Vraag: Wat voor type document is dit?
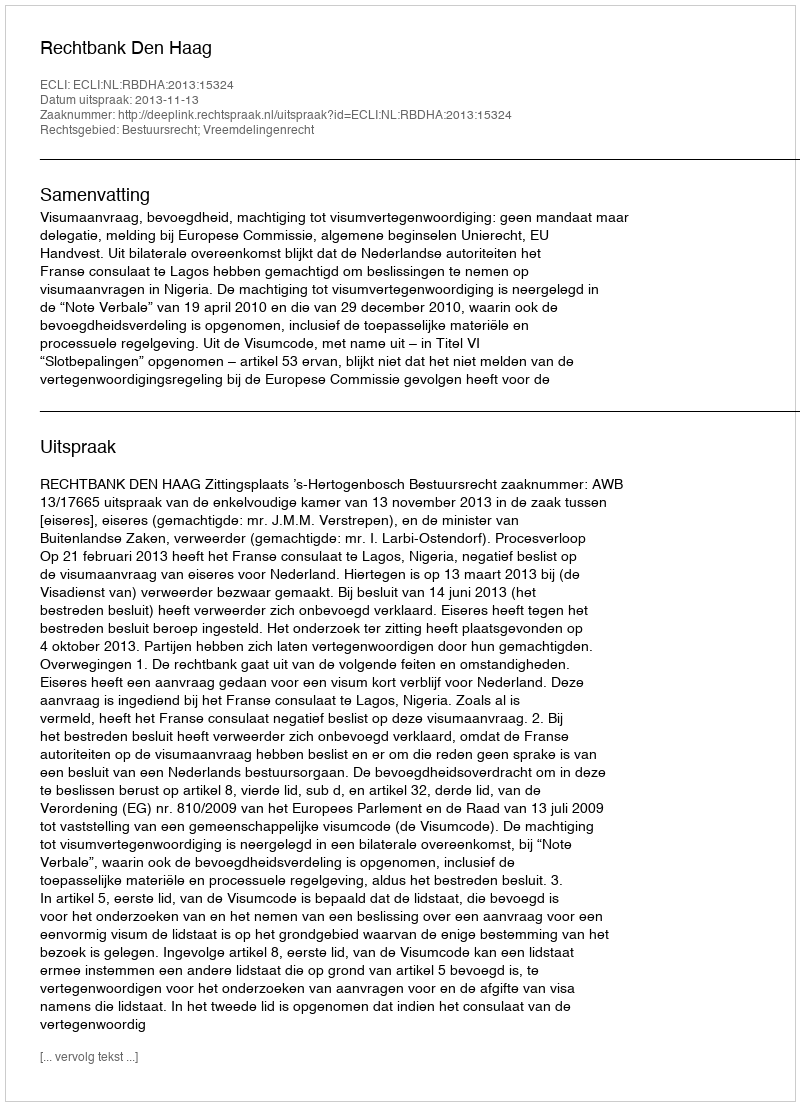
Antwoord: Uitspraak